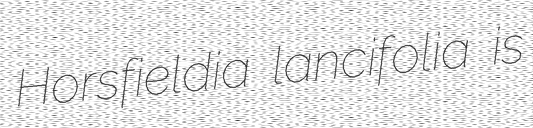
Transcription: Horsfieldia lancifolia is